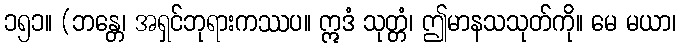
၁၅၁။ (ဘန္တေ၊ အရှင်ဘုရားကဿပ။ ဣဒံ သုတ္တံ၊ ဤမာနသသုတ်ကို။ မေ မယာ၊